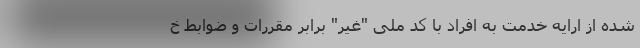
شده از ارایه خدمت به افراد با کد ملی "غیر" برابر مقررات و ضوابط خ